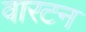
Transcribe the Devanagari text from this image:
वारटन